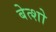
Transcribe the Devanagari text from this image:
बेत्शो